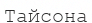
Тайсона